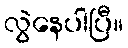
လွဲနေပါပြီ။